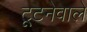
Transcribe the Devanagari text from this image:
टूटनेवाले